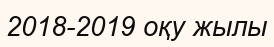
2018-2019 оқу жылы